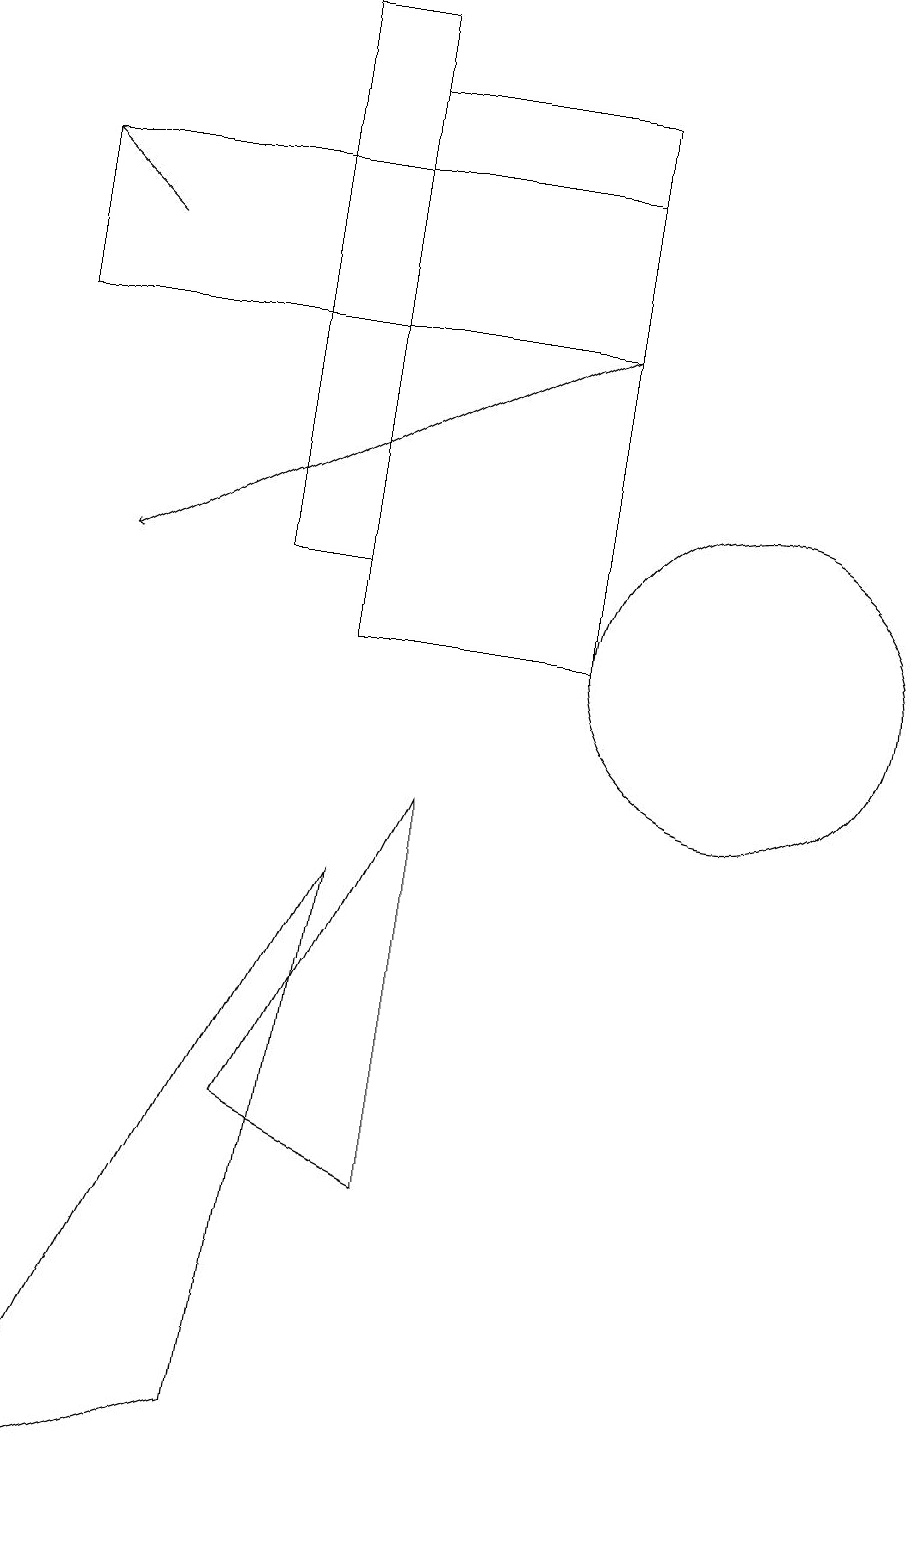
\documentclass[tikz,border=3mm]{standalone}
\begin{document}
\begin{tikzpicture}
\draw (9,18) rectangle (6,11);
\draw (2,0) -- (6,8) -- (5,1) -- cycle;
\draw (11,11) circle (2);
\draw[->] (9,15) -- (3,12);
\draw[->] (3,16) -- (2,17);
\draw (6,12) rectangle (5,19);
\draw (5,5) -- (7,4) -- (7,9) -- cycle;
\draw (9,15) rectangle (2,17);
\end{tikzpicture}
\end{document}